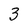
Character: 3